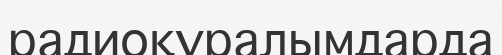
радиоқұралымдарда